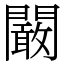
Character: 闞